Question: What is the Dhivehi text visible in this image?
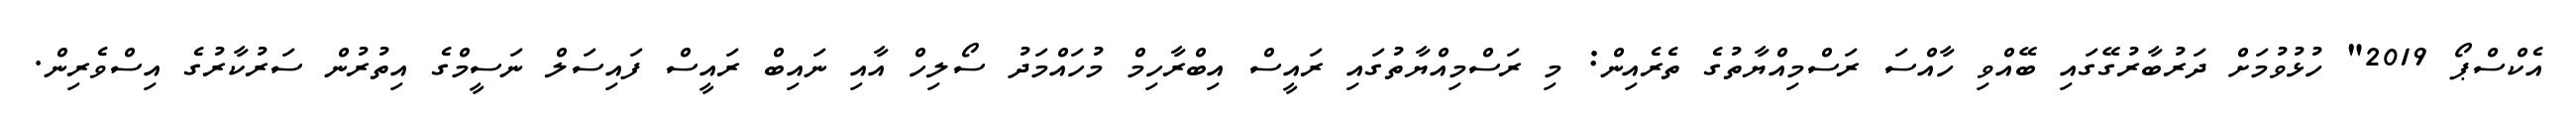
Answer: އެކްސްޕޯ 2019" ހުޅުވުމަށް ދަރުބާރުގޭގައި ބޭއްވި ހާއްސަ ރަސްމިއްޔާތުގެ ތެރެއިން: މި ރަސްމިއްޔާތުގައި ރައީސް އިބްރާހިމް މުހައްމަދު ސޯލިހް އާއި ނައިބް ރައީސް ފައިސަލް ނަސީމްގެ އިތުރުން ސަރުކާރުގެ އިސްވެރިން.